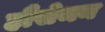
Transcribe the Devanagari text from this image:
हौसेमन